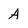
Character: A